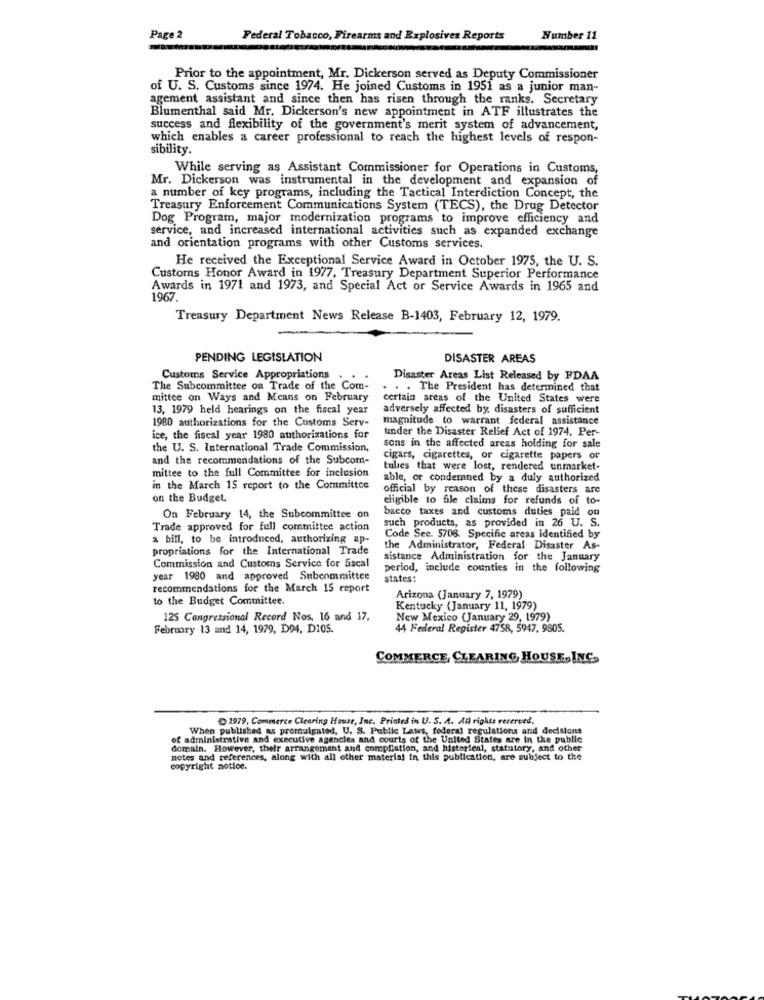
Page 2
Federal Tobacco, Firearms and Explosives Reports
Number 11
Prior to the appointment, Mr. Dickerson served as Deputy Commissioner
of U. S. Customs since 1974. He joined Customs in 1951 as a junior man-
agement assistant and since then has risen through the ranks. Secretary
Blumenthal said Mr. Dickerson's new appointment in ATF illustrates the
success and flexibility of the government's merit system of advancement,
which enables a career professional to reach the highest levels of respon-
sibility.
While serving as Assistant Commissioner for Operations in Customs,
Mr. Dickerson was instrumental in the development and expansion of
a number of key programs, including the Tactical Interdiction Concept, the
Treasury Enforcement Communications System (TECS), the Drug Detector
Dog Program, major modernization programs to improve efficiency and
service, and increased international activities such as expanded exchange
and orientation programs with other Customs services.
He received the Exceptional Service Award in October 1975, the U. S.
Customs Honor Award in 1977, Treasury Department Superior Performance
Awards in 1971 and 1973, and Special Act or Service Awards in 1965 and
1967.
Treasury Department News Release B-1403, February 12, 1979.
PENDING LEGISLATION
DISASTER AREAS
Customs Service Appropriations
Disaster Areas List Released by FDAA
The Subcommittee on Trade of the Com-
. . . The President has determined that
mittee on Ways and Means on February
certain areas of the United States were
13, 1979 held hearings on the fiscal year
adversely affected by, disasters of sufficient
1980 authorizations for the Customs Serv-
magnitude to warrant federal assistance
under the Disaster Relief Act of 1974. Per-
ice, the fiscal year 1980 authorizations for
the U. S. International Trade Commission,
sons in the affected areas holding for sale
and the recommendations of the Subcom-
cigars, cigarettes, or cigarette papers of
mittee to the full Committee for inclusion
tubes that were lost, rendered unmarket-
able, or condemned by a duly authorized
in the March 15 report to the Committee
official by reason of these disasters are
on the Budget.
eligible to file claims for refunds of to-
bacco taxes and customs duties paid on
On February 14, the Subcommittee on
such products, as provided in 26 U. S.
Trade approved for full committee action
a bill, to be introduced, authorizing ap-
Code Sec. 5708. Specific arcas identified by
propriations for the International Trade
the Administrator, Federal Disaster As-
Commission and Customs Service for fiscal
sistance Administration for the January
period, include counties in the following
year 1980 and approved Subcommittee
states:
recommendations for the March 15 report
to the Budget Committee.
Arizona (January 7, 1979)
Kentucky (January 11, 1979)
125 Congressional Record Nos. 16 and 17.
New Mexico (January 29, 1979)
February 13 and 14, 1979, D94, D105.
44 Federal Register 4758, 5947. 9805.
COMMERCE CLEARING HOUSE, INC.
1979, Commerce Clearing House, Inc. Printed in U. S. A. All rights reserved.
When published as promulgated, U. S. Public Laws, federal regulations and decisions
of administrative and executive agencies and courts of the United States are in the public
Gomaln. However, thelr arrangement and compliation, and historical, statutory, and other
notes and references, along with all other material in this publication, are subject to the
copyright notice.